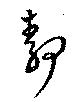
静